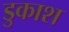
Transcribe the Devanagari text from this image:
डुकाश